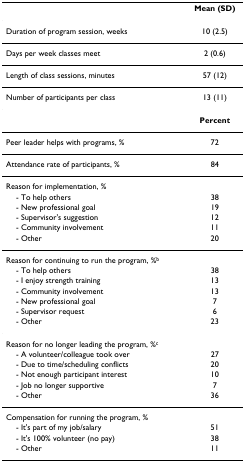
<table><thead><tr><td></td><td><b>Mean (SD)</b></td></tr></thead><tbody><tr><td>Duration of program session, weeks</td><td>10 (2.5)</td></tr><tr><td>Days per week classes meet</td><td>2 (0.6)</td></tr><tr><td>Length of class sessions, minutes</td><td>57 (12)</td></tr><tr><td>Number of participants per class</td><td>13 (11)</td></tr><tr><td></td><td><b>Percent</b></td></tr><tr><td>Peer leader helps with programs, %</td><td>72</td></tr><tr><td>Attendance rate of participants, %</td><td>84</td></tr><tr><td>Reason for implementation, %</td><td></td></tr><tr><td> - To help others</td><td>38</td></tr><tr><td> - New professional goal</td><td>19</td></tr><tr><td> - Supervisor&#x27;s suggestion</td><td>12</td></tr><tr><td> - Community involvement</td><td>11</td></tr><tr><td> - Other</td><td>20</td></tr><tr><td>Reason for continuing to run the program, %<sup>b</sup></td><td></td></tr><tr><td> - To help others</td><td>38</td></tr><tr><td> - I enjoy strength training</td><td>13</td></tr><tr><td> - Community involvement</td><td>13</td></tr><tr><td> - New professional goal</td><td>7</td></tr><tr><td> - Supervisor request</td><td>6</td></tr><tr><td> - Other</td><td>23</td></tr><tr><td>Reason for no longer leading the program, %<sup>c</sup></td><td></td></tr><tr><td> - A volunteer/colleague took over</td><td>27</td></tr><tr><td> - Due to time/scheduling conflicts</td><td>20</td></tr><tr><td> - Not enough participant interest</td><td>10</td></tr><tr><td> - Job no longer supportive</td><td>7</td></tr><tr><td> - Other</td><td>36</td></tr><tr><td>Compensation for running the program, %</td><td></td></tr><tr><td> - It&#x27;s part of my job/salary</td><td>51</td></tr><tr><td> - It&#x27;s 100% volunteer (no pay)</td><td>38</td></tr><tr><td> - Other</td><td>11</td></tr></tbody></table>